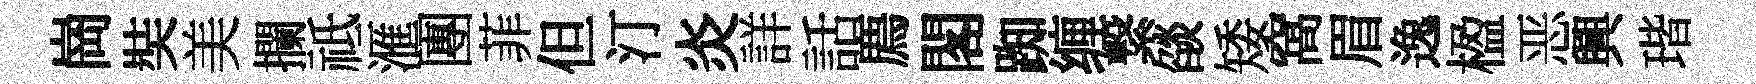
崗奘美攔祗滙團菲但汀炎詳話廌閣踟缠繋燄矮窩眉逸楹恶興瑎